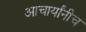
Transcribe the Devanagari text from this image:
आचार्यांनीच